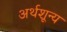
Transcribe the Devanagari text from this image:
अर्थशून्य